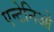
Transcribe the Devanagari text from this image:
एन्टेनिओ